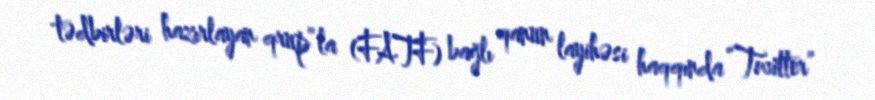
tədbirləri hazırlayan qrup”la (FATF) bağlı qanun layihəsi haqqında “Twitter”